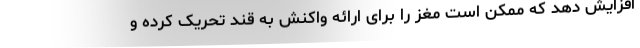
افزایش دهد که ممکن است مغز را برای ارائه واکنش به قند تحریک کرده و